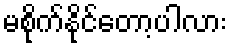
မစိုက်နိုင်တော့ပါလား